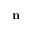
\mathbf { n }